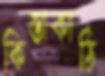
কিস্তাকাঠি